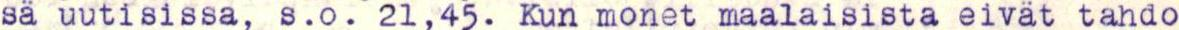
sä uutisissa, s.o. 21,45. Kun monet maalaisista eivät tahdo